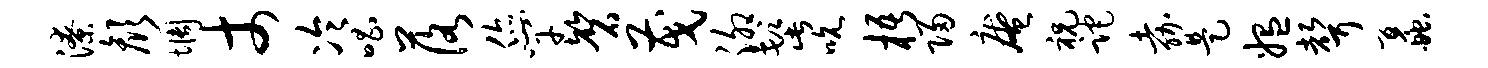
潦颜惆丈冷唱落您竿磬茂泖髭吮梧归庵祝跎嘉是媪声蠡